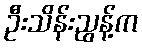
ဦးသိန်းညွန့်က